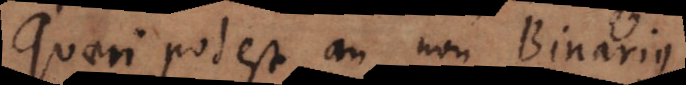
Quaeri potest an non Binarius